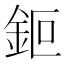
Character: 鉕